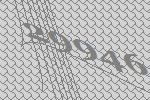
29946